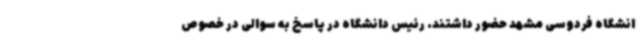
انشگاه فردوسی مشهد حضور داشتند. رئیس دانشگاه در پاسخ به سوالی در خصوص